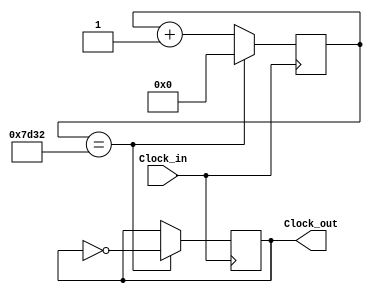
`timescale 1ns / 1ps
//////////////////////////////////////////////////////////////////////////////////
// Company: 
// 
// Design Name: 
// Module Name:    DivisorFrecuencia 
// Project Name:   Digital PWM
// Target Devices: 
// Tool versions: 
// Description: 
//
// Dependencies: 
//
// Revision: 
// Revision 0.01 - File Created
// Additional Comments: 
//
//////////////////////////////////////////////////////////////////////////////////
module DivisorFrecuencia(
 input wire Clock_in, //se define una seal de reloj de entrada, corresponde al Clock de la Nexys, 100MHz
 output reg Clock_out //se define una seal de salidad de reloj, con la nueva frecuencia  
    );
 
 reg [14:0] contador ; //se define un reg llamado contador para truncar la seal del Clock de Nexys cuando llegue
                       // al valor deseado y de esa manera obtener el nuevo reloj con la nueva frecuencia
initial
begin 
contador<=15'b0;
Clock_out =0;
end
							  
always @(posedge Clock_in) //Especificamos la transicin deseada, en cada flanco positivo de la seal  
 begin
      if (contador == 15'd32_050)//si contador llega a 32050 el contador salta a cero y de esa forma se trunca al valor deseado
		   begin                   
			 contador <=15'd0;      // se reinicia el contador
		    Clock_out <= ~Clock_out;// se niega el clock de salida para que pase a 1 
			 end 
		else //en caso contrario
		    contador <= contador + 1'b1; //se actualiza el estado del contador
 
  end 


endmodule